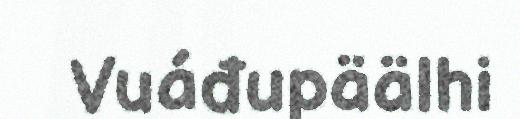
Vuáđupäälhi